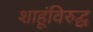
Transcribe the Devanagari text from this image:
शाहूंविरुद्घ